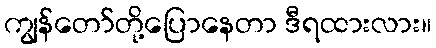
ကျွန်တော်တို့ပြောနေတာ ဒီရထားလား။